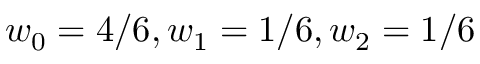
w _ { 0 } = 4 / 6 , w _ { 1 } = 1 / 6 , w _ { 2 } = 1 / 6